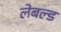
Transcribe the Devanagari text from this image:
लेबल्ड